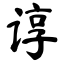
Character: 谆